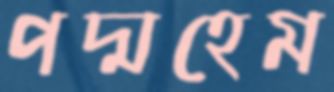
পদ্মহেম